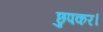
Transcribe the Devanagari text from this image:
छुपकर।